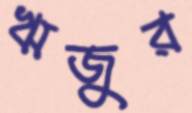
ঋজুর